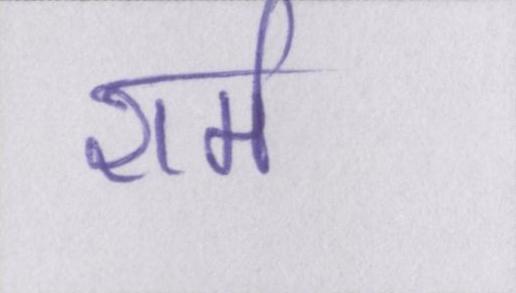
शर्म